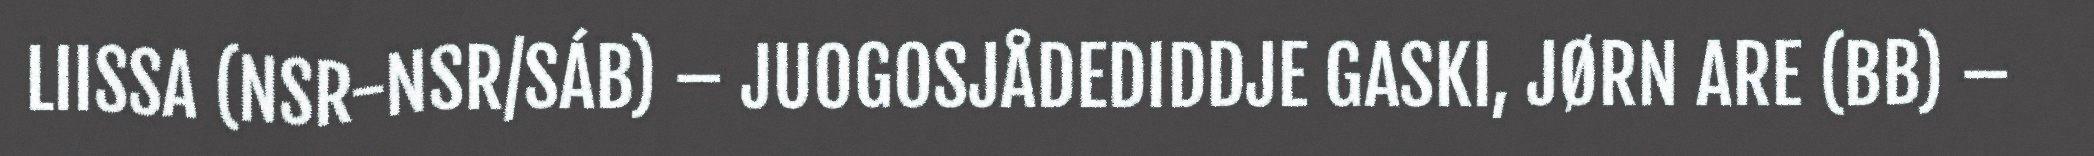
LIISSA (NSR-NSR/SÁB) – JUOGOSJÅDEDIDDJE GASKI, JØRN ARE (BB) –